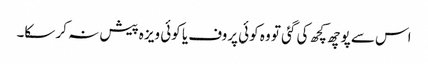
اس سے پوچھ کچھ کی گئی تو وہ کوئی پروف یا کوئی ویزہ پیش نہ کر سکا۔